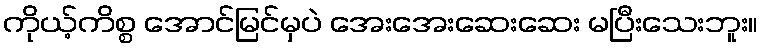
ကိုယ့်ကိစ္စ အောင်မြင်မှပဲ အေးအေးဆေးဆေး မပြီးသေးဘူး။